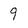
Character: 9